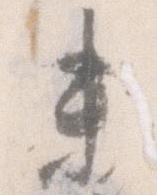
未